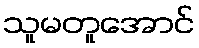
သူမတူအောင်